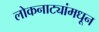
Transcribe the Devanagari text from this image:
लोकनाट्यांमधून